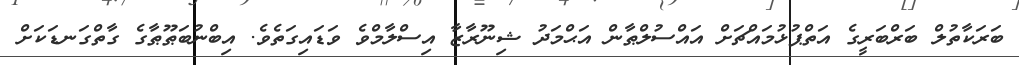
ބަރަކާތުލް ބަރްބަރީގެ އަތްޕުޅުމައްޗަށް އައްސުލްޠާން އަޙްމަދު ޝިނޫރާޒާ އިސްލާމްވެ ވަޑައިގަތެވެ. އިބްނުބަޠޫޠާގެ ގާތްގަނޑަކަށް